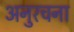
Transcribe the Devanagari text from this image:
अनुरचना